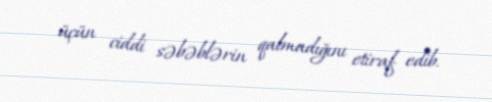
üçün ciddi səbəblərin qalmadığını etiraf edib.